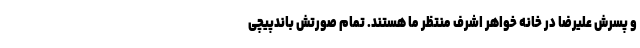
و پسرش علیرضا در خانه خواهر اشرف منتظر ما هستند. تمام صورتش باندپیچی